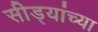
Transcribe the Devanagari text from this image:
सीड्यांच्या